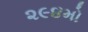
૨૯૪મો